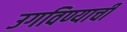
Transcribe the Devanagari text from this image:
उगविण्याची